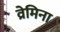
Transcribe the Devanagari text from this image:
व्रेमिना